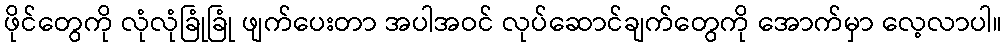
ဖိုင်တွေကို လုံလုံခြုံခြုံ ဖျက်ပေးတာ အပါအဝင် လုပ်ဆောင်ချက်တွေကို အောက်မှာ လေ့လာပါ။